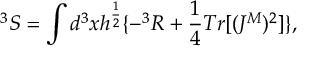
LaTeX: ^ 3 S = \int d ^ { 3 } x h ^ { \frac { 1 } { 2 } } \{ - ^ { 3 } R + \frac { 1 } { 4 } T r [ ( J ^ { M } ) ^ { 2 } ] \} ,